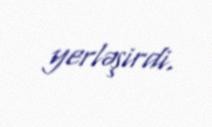
yerləşirdi.